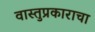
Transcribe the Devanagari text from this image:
वास्तुप्रकाराचा